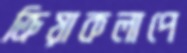
ক্রিয়াকলাপে